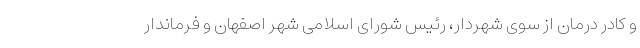
و کادر درمان از سوی شهردار، رئیس شورای اسلامی شهر اصفهان و فرماندار